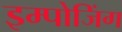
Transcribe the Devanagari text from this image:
इम्पोजिंग